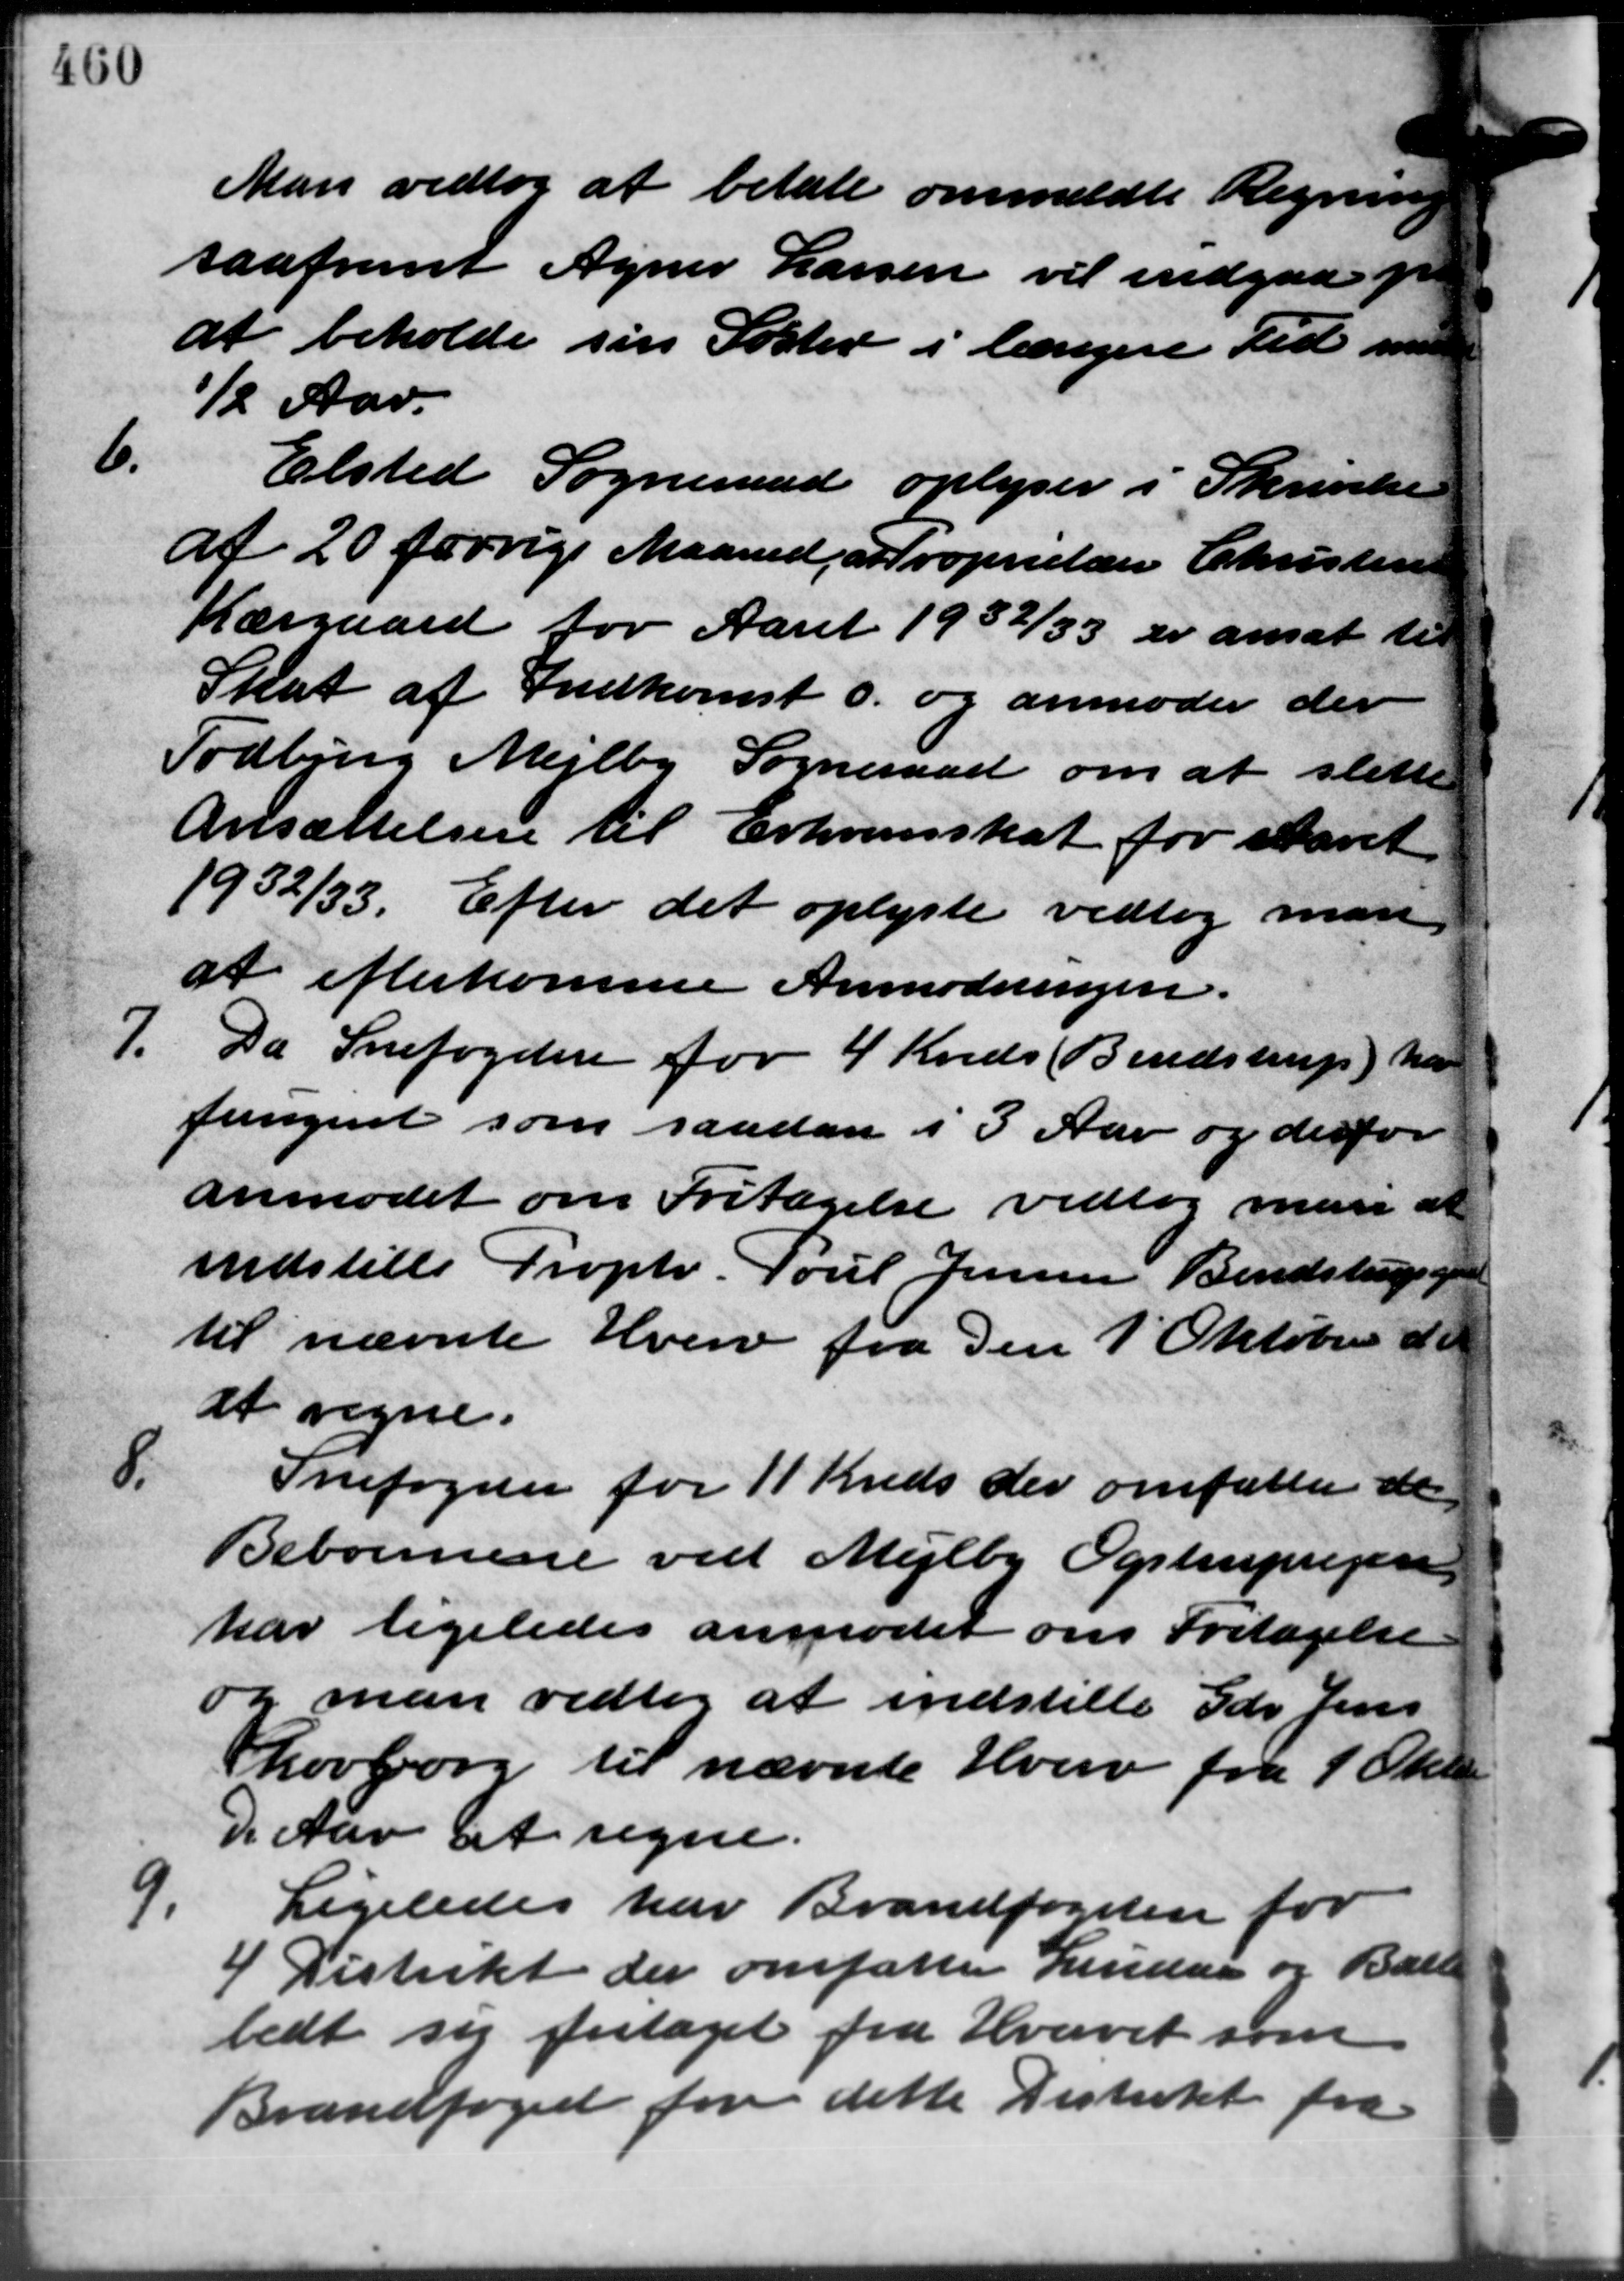
Transskription:
Man vedtog at betale anmeldte Regning
saafremt Agner Larsen vil indgaa pr
at beholde sin Søster i længere Tid med
½ Aar.
6.
Elsted Sogneraad oplyser i Skrivelse
af 20 forrige Maaned, at Proprietær Christensen
Kærgaard for Aaret 1932/33 er ansat til
Skat af Indkomst o. og anmoder der
Todbjerg Mejlby Sogneraad om at slette
Ansættelsen til Erhvervsskat for Aaret
1932/33. Efter det oplyste vedtog man
at efterkomme Anmodningen.
7. Da Snefogden for 4 Kreds Bendstrup) har
7. Da Snefogden for 4 Kreds Bendstrup) har
fungent som saadan i 3 Aar og derfor
anmodet om Fritagelse vedtog man at
indstille Proptr. Poul Jensen Bendstrupgaa
til nævnte Hverv fra den 1´Oktober d. A.
at regne.
8.
Snefogelse for 11 Kreds der omfatter de
Beboernene ved Mejlby Ogstrupvejen
har ligeledes anmodet om Fritagelse
og man vedtog at indstille Gdr. Jens
Lovborg til nævnte Hverv fra 1 Okt.
D Aar at regne.
9.
Ligeledes har Brandfogeden for
4 Distrikt der omfatter Lindaa og Balle
bedt sig fritaget fra Hvervet som
Brandfoged for dette Distrikt fra